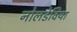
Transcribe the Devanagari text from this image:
नोलडेविया